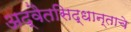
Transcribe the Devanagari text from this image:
अद्वैतसिद्धान्ताचे